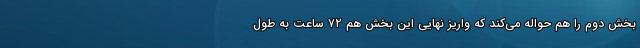
بخش دوم را هم حواله می‌کند که واریز نهایی این بخش هم ۷۲ ساعت به طول